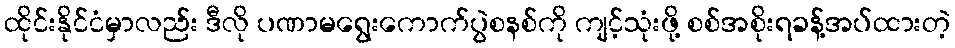
ထိုင်းနိုင်ငံမှာလည်း ဒီလို ပဏာမရွေးကောက်ပွဲစနစ်ကို ကျင့်သုံးဖို့ စစ်အစိုးရခန့်အပ်ထားတဲ့